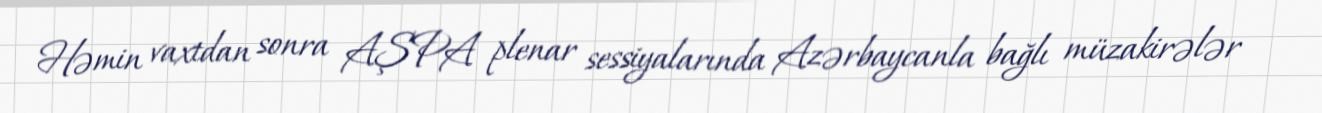
Həmin vaxtdan sonra AŞPA plenar sessiyalarında Azərbaycanla bağlı müzakirələr